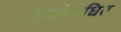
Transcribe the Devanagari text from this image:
अवोरोधित